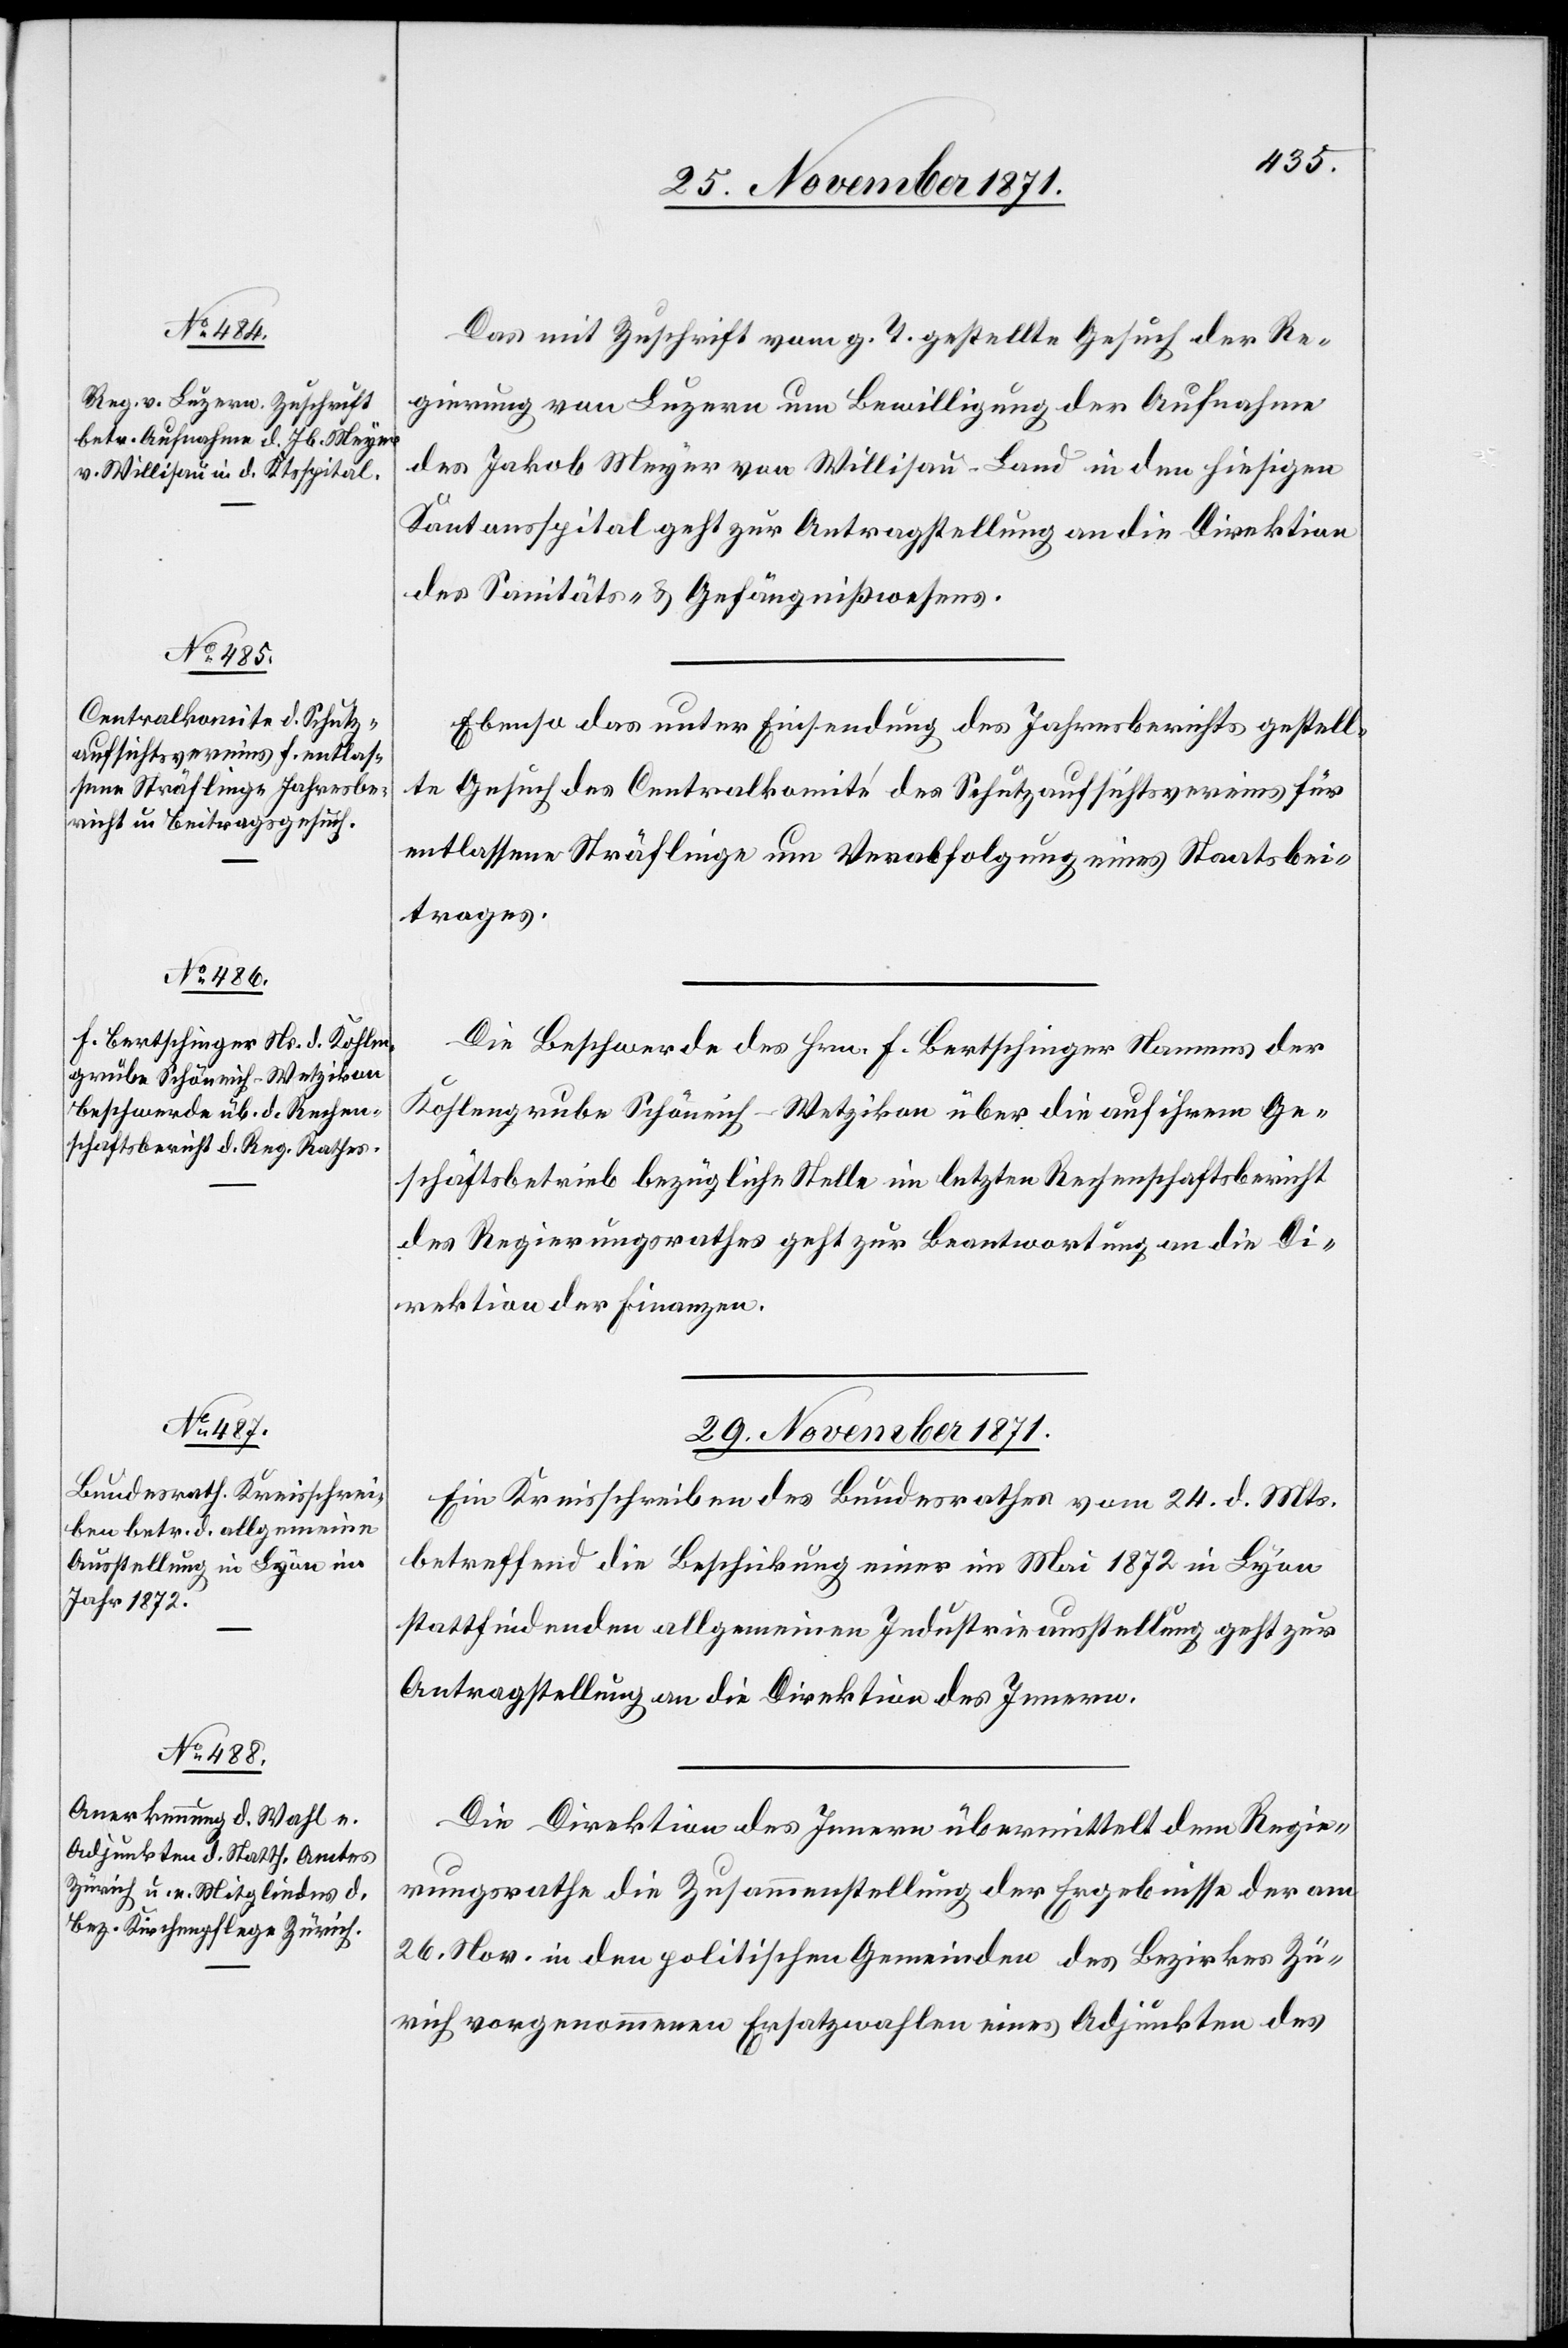
28. November 1871.]
Das mit Zuschrift vom g. T. gestellte Gesuch der Re¬
gierung von Luzern um Bewilligung der Aufnahme
des Jakob Meyer von Willisau-Land in den hiesigen
Kantonsspital geht zur Antragstellung an die Direktion
des Sanitäts- & Gefängnißwesens.
Ebenso das unter Einsendung des Jahresberichts gestell¬
te Gesuch des Centralkomité des Schutzaufsichtsvereins für
entlassene Sträflinge um Verabfolgung eines Staatsbei¬
trages.
Die Beschwerde des Hrn. F. Bertschinger Namens der
Kohlengrube Schöneich-Wetzikon über die auf ihren Ge¬
schäftsbetrieb bezügliche Stelle im letzten Rechenschaftsbericht
des Regierungsrathes geht zur Beantwortung an die Di¬
rektion der Finanzen.
29. November 1871.]
Ein Kreisschreiben des Bundesrathes vom 24. d. Mts.
betreffend die Beschickung einer im Mai 1872 in Lyon
stattfindenden allgemeinen Industrieausstellung geht zur
Antragstellung an die Direktion des Innern.
Die Direktion des Innern übermittelt dem Regie¬
rungsrathe die Zusammenstellung der Ergebnisse der am
26. Nov. in den politischen Gemeinden des Bezirkes Zü¬
rich vorgenommenen Ersatzwahlen eines Adjunkten des